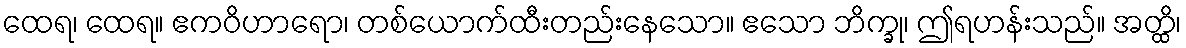
ထေရ၊ ထေရ။ ဧကဝိဟာရော၊ တစ်ယောက်ထီးတည်းနေသော။ ဧသော ဘိက္ခု၊ ဤရဟန်းသည်။ အတ္ထိ၊